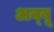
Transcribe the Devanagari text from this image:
अन्बू